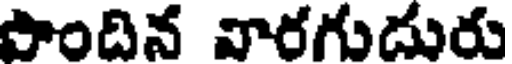
పొందిన వారగుదురు